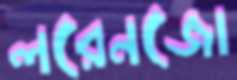
লরেনজো